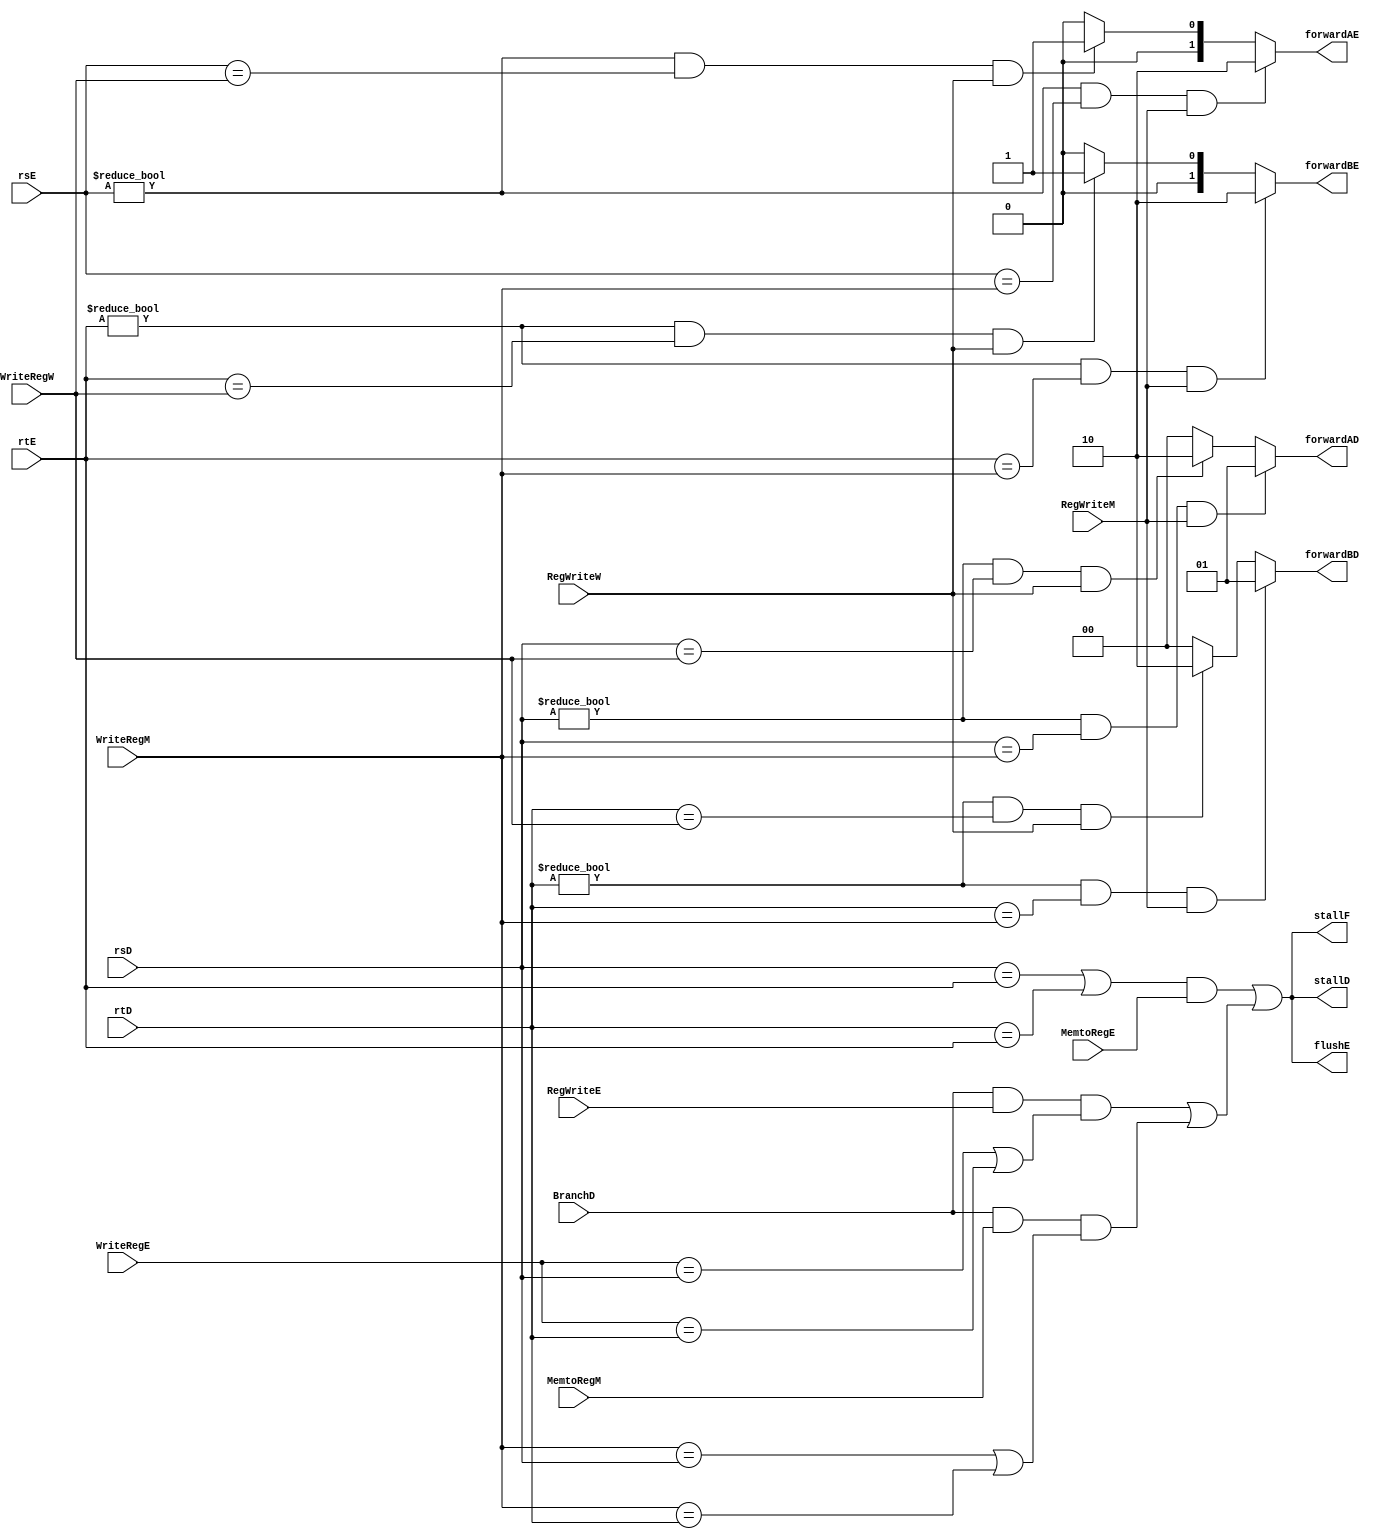
module Hazard_unit(
   input [4:0] rsD,rtD,rsE,rtE,WriteRegE,WriteRegM,WriteRegW,
   input BranchD,MemtoRegE,RegWriteE,MemtoRegM,RegWriteM,RegWriteW,
   output reg stallF,stallD,flushE,
   output reg [1:0] forwardAE,forwardBE,forwardAD,forwardBD
);
    always @(*) begin//priority:M,W,E
        if ((rsE!=0) && (rsE==WriteRegM) && RegWriteM) 
            forwardAE<=2'b10;
        else if ((rsE!=0) && (rsE==WriteRegW) && RegWriteW) 
            forwardAE<=2'b01;
        else forwardAE<=2'b00;
    end
    always @(*) begin
        if ((rtE!=0) && (rtE==WriteRegM) && RegWriteM) 
            forwardBE<=2'b10;
        else if ((rtE!=0) && (rtE==WriteRegW) && RegWriteW) 
            forwardBE<=2'b01;
        else forwardBE<=2'b00;
    end
    wire lwstall,branchstall;
    //handle decode data dependency for branch read regfile
    //result in WB, alu ins MEM,OK
    //result of alu ins in EX, lw in MEM, stall 1 cycle
    always @(*)begin
        if((rsD!=5'b0)&&(rsD==WriteRegM)&&RegWriteM)
            forwardAD<=2'b01;
        else if((rsD!=5'b0)&&(rsD==WriteRegW)&&RegWriteW)
            forwardAD<=2'b10;
        else forwardAD<=2'b00;
    end
    always @(*)begin
        if((rtD!=5'b0)&&(rtD==WriteRegM)&&RegWriteM)
            forwardBD<=2'b01;
        else if((rtD!=5'b0)&&(rtD==WriteRegW)&&RegWriteW)
            forwardBD<=2'b10;
        else forwardBD<=2'b00;
    end
    //lw ins doesn't finish rd data til end of MEM stage 
    //e.g. lw produce $s0 at end of MEM but next and need $s0 at start EX(same cycle) ,STALL!
    //load or branch stall
    assign lwstall=((rsD==rtE)||(rtD==rtE))&&MemtoRegE;
    assign branchstall=(BranchD && RegWriteE && (WriteRegE==rsD || WriteRegE==rtD) )||
                        (BranchD && MemtoRegM  && (WriteRegM==rsD || WriteRegM==rtD) );
    always @(*)begin

        {stallF,stallD,flushE}<={lwstall||branchstall,lwstall||branchstall,lwstall||branchstall};
    end
endmodule